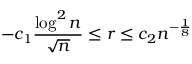
- c _ { 1 } \frac { \log ^ { 2 } n } { \sqrt { n } } \le r \le c _ { 2 } n ^ { - \frac 1 8 }